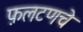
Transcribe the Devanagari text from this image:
फ़लटणचे